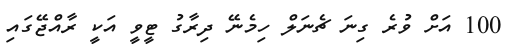
100 އަށް ވުރެ ގިނަ ޗެނަލް ހިމެނޭ ދިރާގު ޓީވީ އަކީ ރާއްޖޭގައި